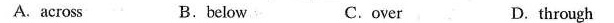
A. across B.below C. over D. through